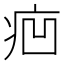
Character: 㾎